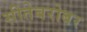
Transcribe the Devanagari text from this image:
सीतेबरोबर